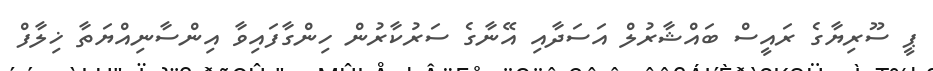
ޕީ ސޫރިޔާގެ ރައީސް ބައްޝާރުލް އަސަދާއި އޭނާގެ ސަރުކާރުން ހިންގާފައިވާ އިންސާނިއްޔަތާ ޚިލާފް